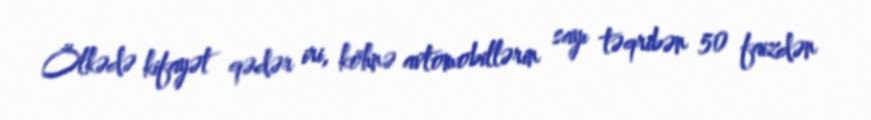
Ölkədə kifayət qədər iri, köhnə avtomobillərin sayı təqribən 50 faizdən